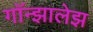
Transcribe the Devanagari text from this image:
गॉन्झालेझ